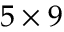
5 \times 9